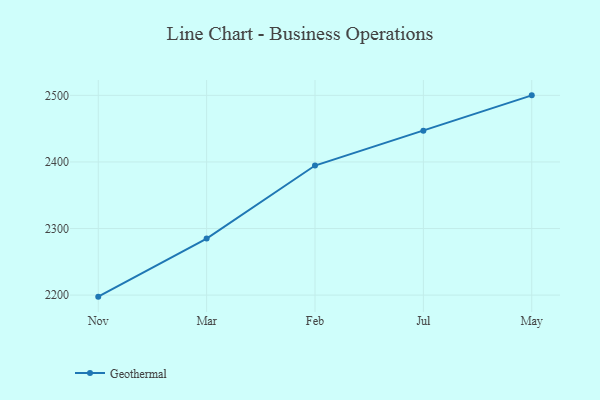
{"axis": {"x": "Month", "y": "Conversion Rate (%)"}, "legend": ["Geothermal"], "data": [{"x": "Nov", "y": 2197.7, "type": "Geothermal"}, {"x": "Mar", "y": 2284.9, "type": "Geothermal"}, {"x": "Feb", "y": 2394.6, "type": "Geothermal"}, {"x": "Jul", "y": 2446.8, "type": "Geothermal"}, {"x": "May", "y": 2500.0, "type": "Geothermal"}]}